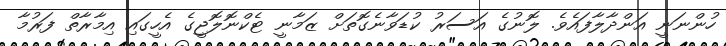
ހުންނަނީ އަންދާލާފައެވެ. ލޮނުގެ އަސަރު ކުޑަވާނެގޮތަށް ޒަމާނީ ޓެކްނޮލޮޖީގެ އެހީގައި އިމާރާތް ފަރުމާ